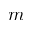
m